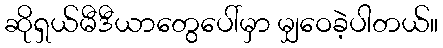
ဆိုရှယ်မီဒီယာတွေပေါ်မှာ မျှဝေခဲ့ပါတယ်။